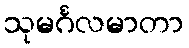
သုမင်္ဂလမာတာ